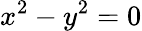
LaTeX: x^{2}-y^{2}=0